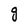
Character: g